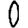
Digit: 0